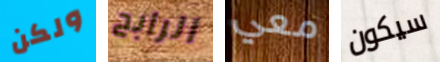
ولكن الرابح معي سيكون